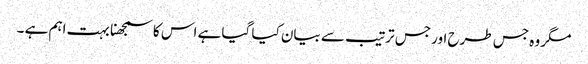
مگر وہ جس طرح اور جس ترتیب سے بیان کیا گیا ہے اس کا سمجھنا بہت اہم ہے ۔